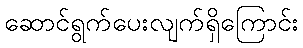
ဆောင်ရွက်ပေးလျက်ရှိကြောင်း